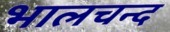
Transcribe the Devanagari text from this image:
भालचन्द